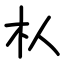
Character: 朲